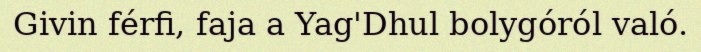
Givin férfi, faja a Yag'Dhul bolygóról való.